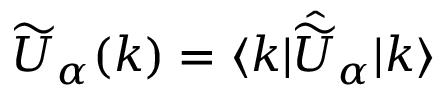
\widetilde { U } _ { \alpha } ( k ) = \langle k | \hat { \widetilde { U } } _ { \alpha } | k \rangle